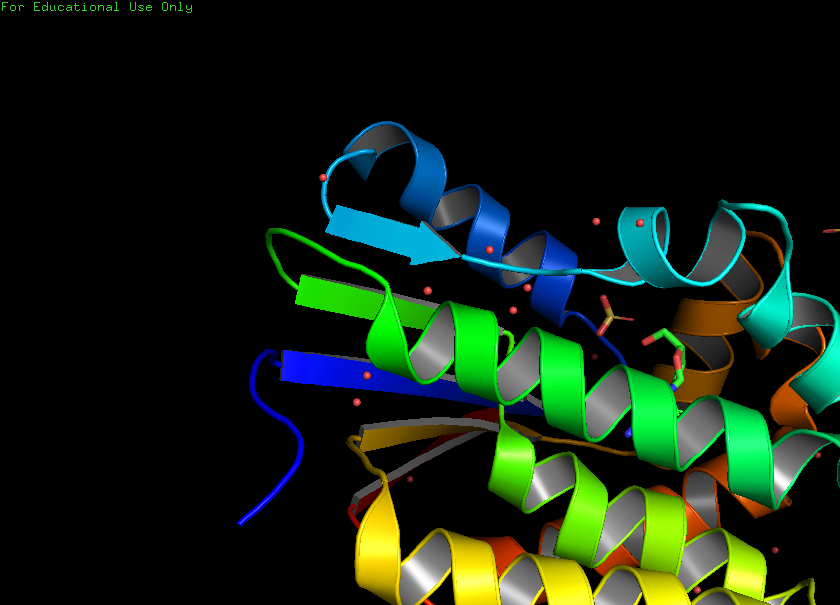
pymol, preset, pub_solv